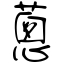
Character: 蔥